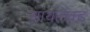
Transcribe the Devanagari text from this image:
सायलेक्ट